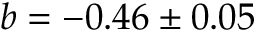
b = - 0 . 4 6 \pm 0 . 0 5